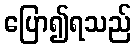
ပြော၍ရသည်